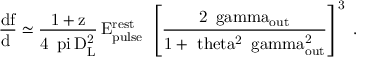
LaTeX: \mathrm { { \frac { d f } { d \Omega } } \simeq { \frac { 1 + z } { 4 \, \ p i \, D _ { L } ^ { 2 } } } \, { E _ { p u l s e } ^ { r e s t } } \; \left[ { \frac { 2 \, \ g a m m a _ { o u t } } { 1 + \ t h e t a ^ { 2 } \, \ g a m m a _ { o u t } ^ { 2 } } } \right] ^ { 3 } \; . }